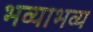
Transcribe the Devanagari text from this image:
भव्याभव्य